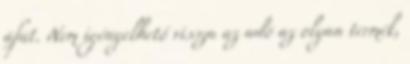
áfát. Nem igényelhető vissza az adó az olyan termék,